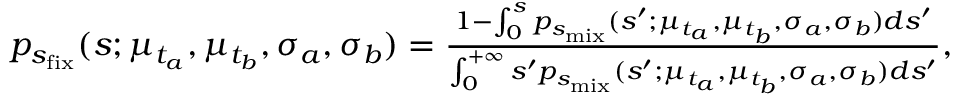
\begin{array} { r } { p _ { s _ { \mathrm { f i x } } } ( s ; \mu _ { t _ { a } } , \mu _ { t _ { b } } , \sigma _ { a } , \sigma _ { b } ) = \frac { 1 - \int _ { 0 } ^ { s } p _ { s _ { \mathrm { m i x } } } ( s ^ { \prime } ; \mu _ { t _ { a } } , \mu _ { t _ { b } } , \sigma _ { a } , \sigma _ { b } ) d s ^ { \prime } } { \int _ { 0 } ^ { + \infty } s ^ { \prime } p _ { s _ { \mathrm { m i x } } } ( s ^ { \prime } ; \mu _ { t _ { a } } , \mu _ { t _ { b } } , \sigma _ { a } , \sigma _ { b } ) d s ^ { \prime } } , } \end{array}